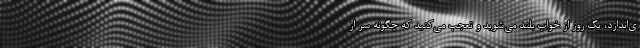
ی‌اندازد، یک روز از خواب بلند می‌شوید و تعجب می‌کنید که چگونه سر از